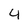
Character: 4